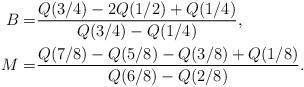
LaTeX: \begin{align*}B=&\frac{Q(3/4)-2Q(1/2)+Q(1/4)}{Q(3/4)-Q(1/4)},\\M=&\frac{Q(7/8)-Q(5/8)-Q(3/8)+Q(1/8)}{Q(6/8)-Q(2/8)}.\end{align*}